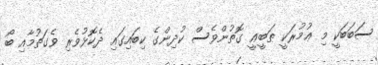
ސަބަބަކީ މި ޢުމުރަކީ ޠަބީޢީ ގޮތުންވެސް ކުދިންގެ ކިބައިގައި ދެކޮޅުވެރި ވެގަތުމާއި ބޯ